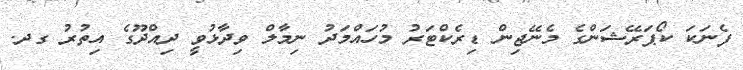
ފެނަކަ ކޯޕަރޭޝަންގެ މެނޭޖިން ޑިރެކްޓަރު މުހައްމަދު ނިމާލް ވިދާޅުވީ ދިއްދޫގެ އިތުރު ގދ.